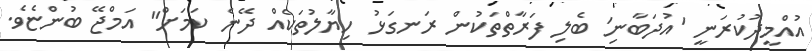
އުއްމީދުކުރަނީ 'އުދަބާނި' ބެލި ފަރާތްތަކުން ރަނގަޅު ހިޔާލުތަކެއް ދޭނެ ކަމަށް" އަމްޖޭ ބުންޏެވެ.